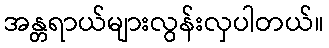
အန္တရာယ်များလွန်းလှပါတယ်။